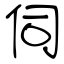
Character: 伺